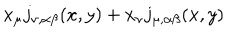
x _ { \mu } j _ { \nu , \alpha \beta } ( x , y ) + x _ { \nu } j _ { \mu , \alpha \beta } ( x , y )